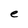
Character: e